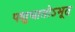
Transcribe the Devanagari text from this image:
पशुघातोऽभूत्‌